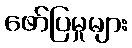
ဖော်ပြမှုများ